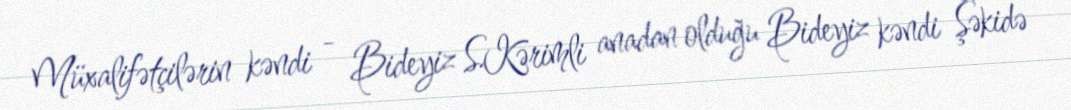
Müxalifətçilərin kəndi - Bideyiz S.Kərimli anadan olduğu Bideyiz kəndi Şəkidə